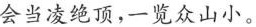
会当凌绝顶，一览众山小。